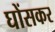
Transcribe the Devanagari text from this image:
घोंसकर